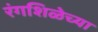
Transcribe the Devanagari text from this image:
रंगशिळेच्या